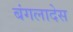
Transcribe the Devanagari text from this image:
बंगलादेस